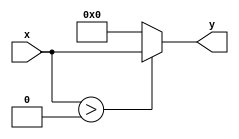

`timescale 1ns / 1ps

module ReLu (x ,y);
	
	parameter N = 8;
	
	input signed [N-1:0] x;
	output reg [N-1:0] y;
	
	wire s = (x > 0);
	
	always@(*)
	begin
		if (s)
			y = x;
		else
			y = 0;
	end
	
endmodule